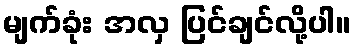
မျက်ခုံး အလှ ပြင်ချင်လို့ပါ။